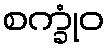
စက္ခုံဝ